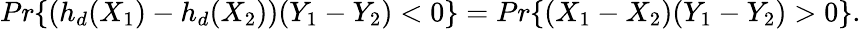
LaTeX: Pr\{ (h_{d}(X_{1})-h_{d}(X_{2}))(Y_{1}-Y_{2})<0\} =Pr\{ (X_{1}-X_{2})(Y_{1}-Y_{2})>0\} .